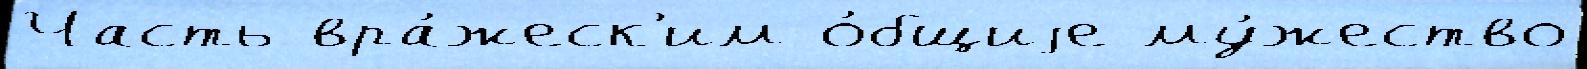
Часть вра́жеск'им о́бщиjе му́жество